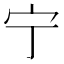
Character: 宁